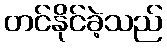
တင်နိုင်ခဲ့သည်